画像に写った文字を読んでください
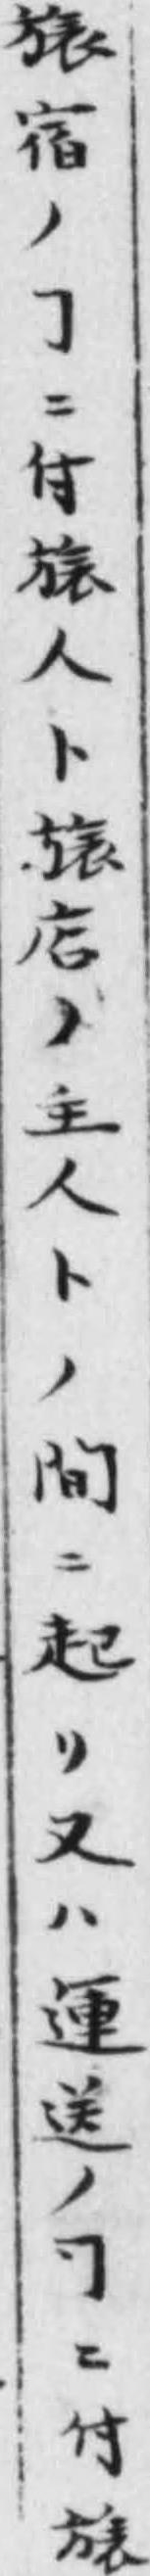
「𣄆宿ノヿニ付𣄆人ト𣄆店ノ主人トノ间ニ起リ又ハ運送ノヿニ付𣄆」と書いてあります